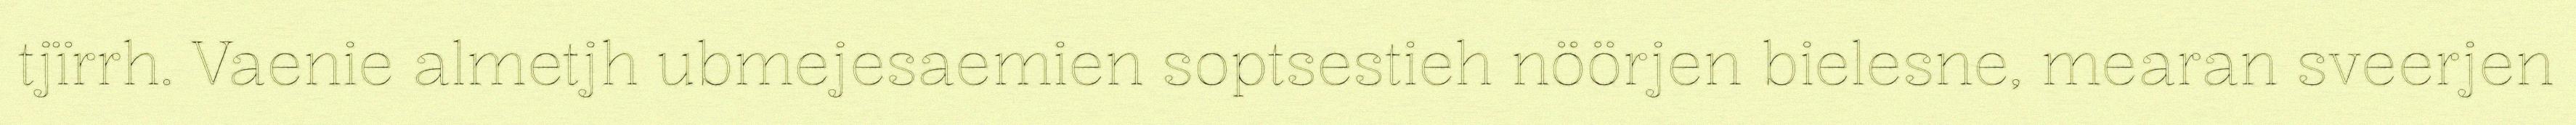
tjïrrh. Vaenie almetjh ubmejesaemien soptsestieh nöörjen bielesne, mearan sveerjen